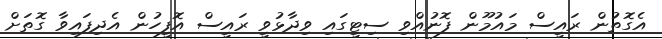
އެގޮތުން ރައީސް މައުމޫން ފޮނުއްވި ސިޓީގައި ވިދާޅުވީ ރައީސް އޮފީހުން އެދިފައިވާ ގޮތަށް